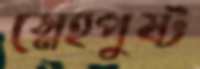
স্নেহপুষ্ট